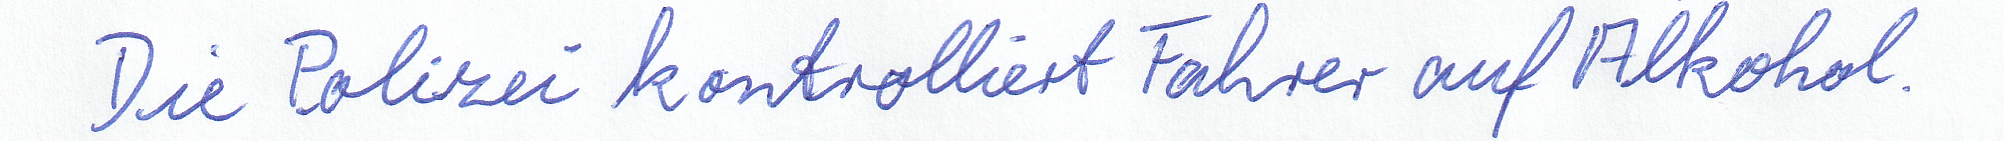
Die Polizei kontrolliert Fahrer auf Alkohol.